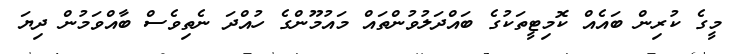
މީގެ ކުރިން ބައެއް ކޮމިޓީތަކުގެ ބައްދަލުވުންތައް މައުމޫންގެ ހުއްދަ ނެތިވެސް ބާއްވަމުން ދިޔަ